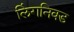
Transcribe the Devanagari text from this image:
लिंगनिवड